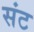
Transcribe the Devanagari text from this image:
संट